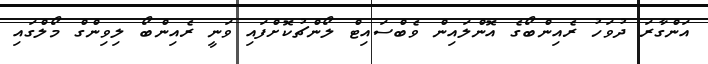
އަންގާރަ ދުވަހު ރެއިންބޯގެ އޮންލައިން ވެބްސައިޓް ލޯންޗުކޮށްފައި ވަނީ ރެއިންބޯ ލިވިންގް މޯލްގައި